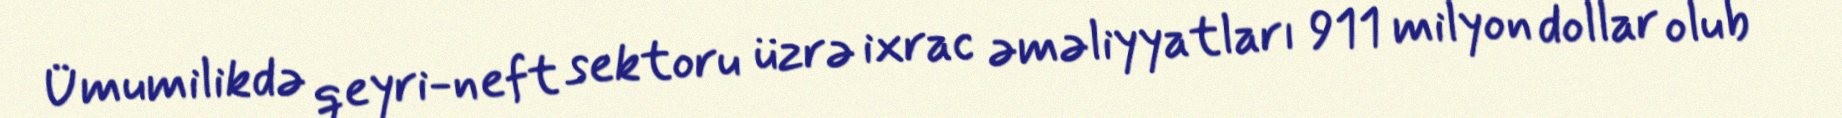
Ümumilikdə qeyri-neft sektoru üzrə ixrac əməliyyatları 911 milyon dollar olub